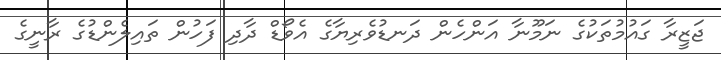
ޖަޒީރާ ގައުމުތަކުގެ ނަމޫނާ އަންހެން ދަނޑުވެރިޔާގެ އެވޯޑް ދާދި ފަހުން ތައިލެންޑުގެ ރާނީގެ